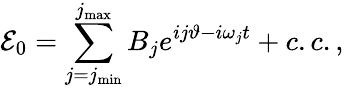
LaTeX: {\cal E}_{0}=\sum_{j=j_{\operatorname*{min}}}^{j_{\operatorname*{max}}}B_{j}e^{ij\vartheta-i\omega_{j}t}+c.c.,